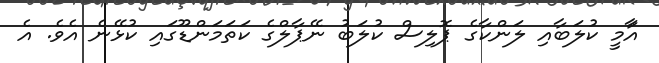
އާަމީ ކުލަބާއި ލަންކާގެ ޕޮލިސް ކުލަބު ނޭޕާލްގެ ކަތަމަންޑޫގައި ކުޅޭނެ އެވެ. އެ